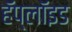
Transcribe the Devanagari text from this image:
हॅप्लॉइड